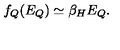
f _ { Q } ( E _ { Q } ) \simeq \beta _ { H } E _ { Q } .